Lunatic asylums Madras 1877-1891 - 1877-1891
Year: 1877
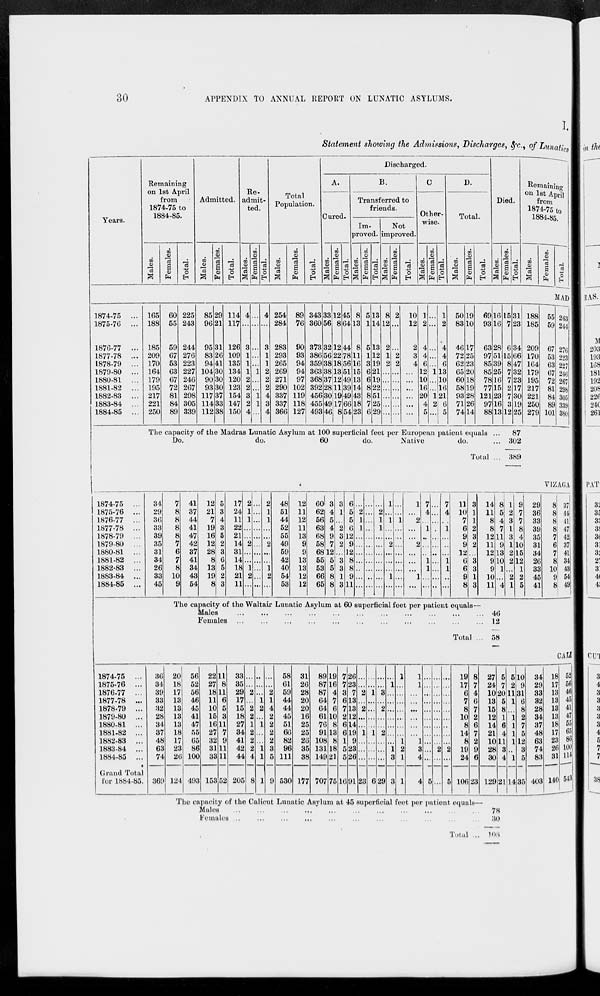
30
APPENDIX TO ANNUAL REPORT ON LUNATIC ASYLUMS.
I.
Statement showing the Admissions, Discharges, &c., of Lunatics
Years.
1874-75 ...
1875-76 ...
1876-77 ...
1877-78 ...
1878-79 ...
1879-80 ...
1880-81 ...
1881-82 ...
1882-83 ...
1883-84 ...
1884-85 ...
Remaining
on 1st April
from
1874-75 to
1884-85.
Males.
165
188
185
209
170
164
179
195
217
221
250
Females.
60
55
59
67
53
63
67
72
81
84
89
Total.
225
243
244
276
223
227
246
267
298
305
339
Admitted.
Males.
85
96
95
83
94
104
90
93
117
114
112
Females.
29
21
31
26
41
30
30
30
37
33
38
Total.
114
117
126
109
135
134
120
123
154
147
150
Re-
admit-
ted.
Males.
4
...
3
1
1
1
2
2
3
2
4
Females.
...
...
...
...
...
1
...
...
1
1
...
Total.
4
...
3
1
1
2
2
2
4
3
4
Total
Population.
Males.
254
284
283
293
265
269
271
290
337
337
366
Females.
89
76
90
93
94
94
97
102
119
118
127
Total.
343
360
373
386
359
363
368
392
456
455
493
Discharged.
A.
Cured.
Males.
33
56
32
56
38
38
37
28
30
49
46
Females.
12
8
12
22
18
13
12
11
19
17
8
Total.
45
64
44
78
56
51
49
39
49
66
54
B.
Transferred to
friends.
Im-
proved.
Males.
8
13
8
11
16
15
13
14
43
18
23
Females.
5
1
5
1
3
6
6
8
8
7
6
Total.
13
14
13
12
19
21
19
22
51
25
29
Not
improved.
Males.
8
12
2
1
2
...
...
...
...
...
...
Females.
2
...
...
2
2
...
...
...
...
...
...
Total.
10
12
2
3
4
...
...
...
...
...
...
C.
Other-
wise.
Males.
1
2
4
4
6
12
10
16
20
4
5
Females.
...
...
...
...
...
1
...
...
1
2
...
Total.
1
2
4
4
6
13
10
16
21
6
5
D.
Total.
Males.
50
83
46
72
62
65
60
58
93
71
74
Females.
19
10
17
25
23
20
18
19
28
26
14
Total.
69
93
63
97
85
85
78
77
121
97
88
Died.
Males.
16
16
28
51
39
25
16
15
23
16
13
The capacity of the Madras Lunatic Asylum at 100 superficial feet per European patient equals ...
Do.
do.
60
do.
Native
do. ...
Total ...
Females.
15
7
6
15
8
7
7
2
7
3
12
Total.
31
23
34
66
47
32
23
17
30
19
25
Remaining
on 1st April
from
1874-75 to
1884-85.
Males.
188
185
209
170
164
179
195
217
221
250
279
Females.
Total.
MAD
55
59
67
53
63
67
72
81
84
89
101
243
244
276
223
227
246
267
298
305
339
380
87
302
389
1874-75 ...
1875-76 ...
1876-77 ...
1877-78 ...
1878-79 ...
1879-80 ...
1880-81 ...
1881-82 ...
1882-83 ...
1883-84 ...
1884-85 ...
34
29
36
33
39
35
31
34
26
33
45
7
8
8
8
8
7
6
7
8
10
9
41
37
44
41
47
42
37
41
34
43
54
12
21
7
19
16
12
28
8
13
19
8
5
3
4
3
5
2
3
6
5
2
3
17
24
11
22
21
14
31
14
18
21
11
2
1
1
...
...
2
...
...
1
2
...
...
...
...
...
...
...
...
...
...
...
...
2
1
1
...
...
2
...
...
1
2
...
48
51
44
52
55
49
59
42
40
54
53
12
11
12
11
13
9
9
13
13
12
12
60
62
56
63
68
58
68
55
53
66
65
3
4
5
4
9
7
12
5
5
8
8
3
1
...
2
3
2
...
3
3
1
3
6
5
5
6
12
9
12
8
8
9
11
...
2
1
1
...
...
...
...
...
...
...
...
...
...
...
...
...
...
...
...
...
...
...
2
1
1
...
...
...
...
...
...
...
1
...
1
...
...
2
...
...
...
1
...
...
...
1
...
...
...
...
...
...
...
...
1
...
2
...
...
2
...
...
...
1
...
7
4
...
1
...
...
...
1
1
...
...
...
...
...
...
...
...
...
...
...
...
...
7
4
...
1
...
...
...
1
1
...
...
11
10
7
6
9
9
12
6
6
9
8
3
1
1
2
3
2
...
3
3
1
3
14
11
8
8
12
11
12
9
9
10
11
The capacity of the Waltair Lunatic Asylum at 60 superficial feet per patient equals—
Males
...
...
...
...
...
...
...
...
...
...
...
...
Females
...
...
...
...
...
...
...
...
...
...
...
Total ...
8
5
4
7
11
9
13
10
1
...
4
1
2
3
1
3
1
2
2
...
2
1
9
7
7
8
4
10
15
12
1
2
5
VIZAGA
29
36
33
39
35
31
34
26
33
45
41
8
8
8
8
7
6
7
8
10
9
8
37
44
41
47
42
37
41
34
43
54
49
46
12
58
1874-75 ...
1875-76 ...
1876-77 ...
1877-78 ...
1878-79 ...
1879-80 ...
1880-81 ...
1881-82 ...
1882-83 ...
1883-84 ...
1884-85 ...
Grand Total
for 1884-85.
36
34
39
33
32
28
34
37
48
63
74
369
20
18
17
13
13
13
13
18
17
23
26
124
56
52
56
46
45
41
47
55
65
86
100
493
22
27
18
11
10
15
16
27
32
31
33
153
11
8
11
6
5
3
11
7
9
11
11
52
33
35
29
17
15
18
27
34
41
42
44
205
...
...
2
...
2
2
1
2
2
2
4
8
...
...
...
1
2
...
1
...
...
1
1
1
...
...
2
1
4
2
2
2
2
3
5
9
58
61
59
44
44
45
51
66
82
96
111
530
31
26
28
20
20
16
25
25
26
35
38
177
89
87
87
64
64
61
76
91
108
131
149
707
19
16
4
7
6
10
8
13
8
18
21
75
7
7
3
6
7
2
6
6
1
5
5
16
26
23
7
13
13
12
14
19
9
23
26
91
...
...
2
...
2
...
...
1
...
...
...
23
...
...
1
...
...
...
...
1
...
...
...
6
...
...
3
...
2
...
...
2
...
...
...
29
...
1
...
...
...
...
...
...
...
1
3
3
1
...
...
...
...
...
...
...
1
2
1
1
1
1
...
...
...
...
...
...
1
3
4
4
...
...
...
...
...
...
...
...
...
...
...
5
...
...
...
...
...
...
...
...
...
2
...
...
...
...
...
...
...
...
...
...
...
2
...
5
19
17
6
7
8
10
8
14
8
19
24
106
8
7
4
6
7
2
6
7
2
9
6
23
27
24
10
13
15
12
14
21
10
28
30
129
The capacity of the Calicut Lunatic Asylum at 45 superficial feet per patient equals—
Males
...
...
...
...
...
...
...
...
...
...
...
Females
...
...
...
...
...
...
...
...
...
...
...
Total ...
5
7
20
5
8
1
6
4
11
3
4
21
5
2
11
1
...
1
1
1
1
...
1
14
10
9
31
6
8
2
7
5
12
3
5
35
34
29
33
32
28
34
37
48
63
74
83
403
CALI
18
17
13
13
13
13
18
17
23
26
31
140
52
56
46
45
41
47
55
65
86
100
114
543
78
30
108